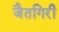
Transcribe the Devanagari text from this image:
जैतगिरी